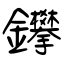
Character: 鑻